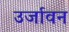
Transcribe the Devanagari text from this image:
उर्जावन